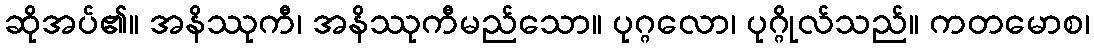
ဆိုအပ်၏။ အနိဿုကီ၊ အနိဿုကီမည်သော။ ပုဂ္ဂလော၊ ပုဂ္ဂိုလ်သည်။ ကတမောစ၊